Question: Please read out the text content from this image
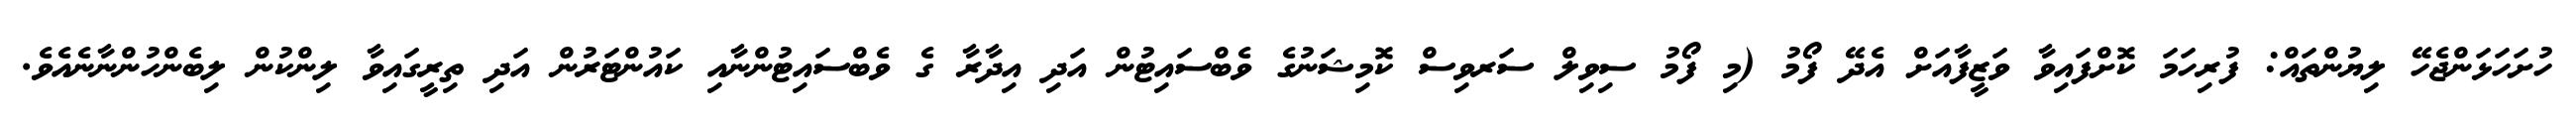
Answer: ހުށަހަޅަންޖެހޭ ލިޔުންތައް: ފުރިހަމަ ކޮށްފައިވާ ވަޒީފާއަށް އެދޭ ފޯމު (މި ފޯމު ސިވިލް ސަރވިސް ކޮމިޝަނުގެ ވެބްސައިޓުން އަދި އިދާރާ ގެ ވެބްސައިޓުންނާއި ކައުންޓަރުން އަދި ތިރީގައިވާ ލިންކުން ލިބެންހުންނާނެއެވެ.